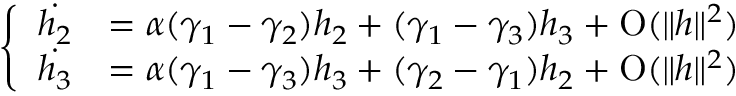
\left\{ \begin{array} { r l } { \dot { h _ { 2 } } } & { = \alpha ( \gamma _ { 1 } - \gamma _ { 2 } ) h _ { 2 } + ( \gamma _ { 1 } - \gamma _ { 3 } ) h _ { 3 } + \operatorname { O } ( \| h \| ^ { 2 } ) } \\ { \dot { h _ { 3 } } } & { = \alpha ( \gamma _ { 1 } - \gamma _ { 3 } ) h _ { 3 } + ( \gamma _ { 2 } - \gamma _ { 1 } ) h _ { 2 } + \operatorname { O } ( \| h \| ^ { 2 } ) } \end{array} \right.